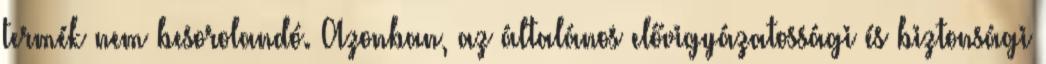
termék nem besorolandó. Azonban, az általános elővigyázatossági és biztonsági